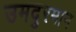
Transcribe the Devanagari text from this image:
उमदुरमान